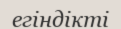
егіндікті